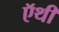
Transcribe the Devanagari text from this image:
ऍथी